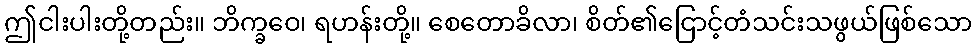
ဤငါးပါးတို့တည်း။ ဘိက္ခဝေ၊ ရဟန်းတို့။ စေတောခိလာ၊ စိတ်၏ငြောင့်တံသင်းသဖွယ်ဖြစ်သော